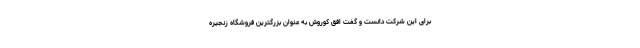
برای این شرکت دانست و گفت افق کوروش به عنوان بزرگترین فروشگاه زنجیره